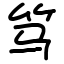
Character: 笃